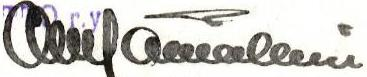
Olli Hämäläinen